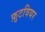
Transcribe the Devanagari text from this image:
फ़ुटवियर